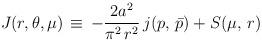
LaTeX: \begin{align*}J(r,\theta,\mu) \, \equiv \, -\frac{2 a^2}{\pi^2 \, r^2}\, j(p,\,\bar{p})+S(\mu,\,r)\end{align*}